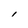
Character: l